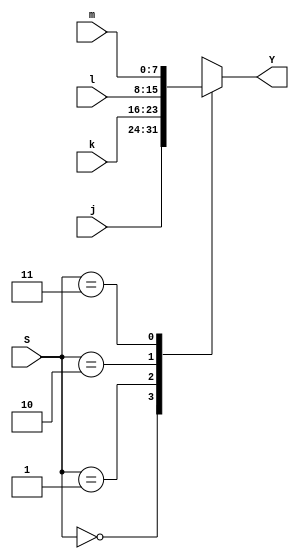
`timescale 1ns / 1ps
//////////////////////////////////////////////////////////////////////////////////
// Company: 
// Engineer: 
// 
// Design Name: 
// Module Name: alu_mux
// Project Name: 
// Target Devices: 
// Tool Versions: 
// Description: 
// 
// Dependencies: 
// 
// Revision:
// Revision 0.01 - File Created
// Additional Comments:
// 
//////////////////////////////////////////////////////////////////////////////////


module alu_mux(
input[7:0] j,
input[7:0] k,
input[7:0] l,
input[7:0] m,
input[1:0] S,
output[7:0]Y
    );
    
reg[7:0] y_int;
always@(*) begin
    case(S)
        2'b00: y_int = j;
        2'b01: y_int = k;
        2'b10: y_int = l;
        2'b11: y_int = m;
        endcase
     end
        
      assign Y = y_int;
    
endmodule